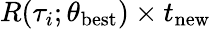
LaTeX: R(\tau_{i};\theta_{\textrm{best}})\times t_{\textrm{new}}